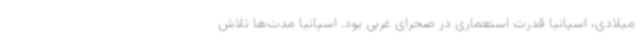
میلادی، اسپانیا قدرت استعماری در صحرای غربی بود. اسپانیا مدت‌ها تلاش